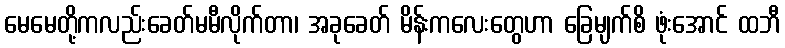
မေမေတို့ကလည်းခေတ်မမီလိုက်တာ၊ အခုခေတ် မိန်းကလေးတွေဟာ ခြေမျက်စိ ဖုံးအောင် ထဘီ